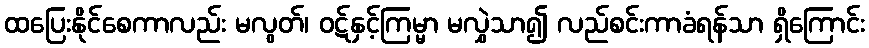
ထပြေးနိုင်စေကာလည်း မလွတ်၊ ဝဋ်နှင့်ကြမ္မာ မလွှဲသာ၍ လည်စင်းကာခံရန်သာ ရှိကြောင်း